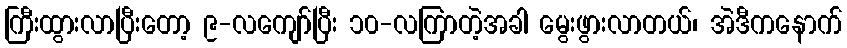
ကြီးထွားလာပြီးတော့ ၉-လကျော်ပြီး ၁၀-လကြာတဲ့အခါ မွေးဖွားလာတယ်၊ အဲဒီကနောက်